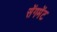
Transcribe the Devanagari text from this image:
सेंगमेंट